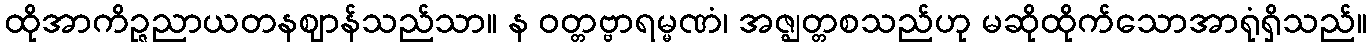
ထိုအာကိဉ္ဇညာယတနဈာန်သည်သာ။ န ဝတ္တဗ္ဗာရမ္မဏံ၊ အဇ္ဈတ္တစသည်ဟု မဆိုထိုက်သောအာရုံရှိသည်။